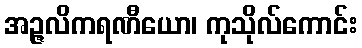
အဉ္ဇလိကရဏီယော၊ ကုသိုလ်ကောင်း